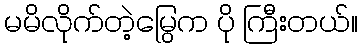
မမိလိုက်တဲ့မြွေက ပို ကြီးတယ်။